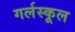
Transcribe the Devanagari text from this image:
गर्लस्कूल